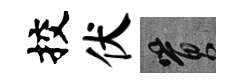
挍伏篔